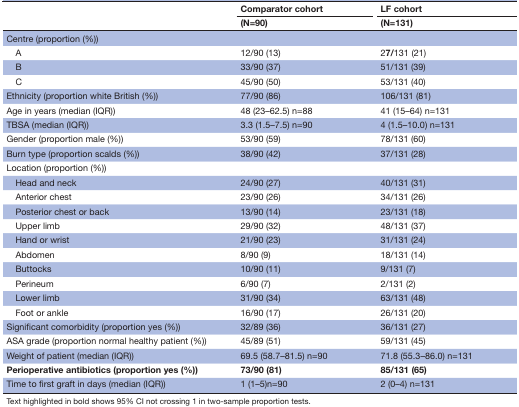
| <ROWSPAN=2>  | Comparator cohort | LF cohort |
 | (N=90) | (N=131) |
 | --- | --- | --- |
 | <COLSPAN=3> Centre (proportion (%)) |
 | A | 12/90 (13) | 27/131 (21) |
 | B | 33/90 (37) | 51/131 (39) |
 | C | 45/90 (50) | 53/131 (40) |
 | Ethnicity (proportion white British (%)) | 77/90 (86) | 106/131 (81) |
 | Age in years (median (IQR)) | 48 (23–62.5) n=88 | 41 (15–64) n=131 |
 | TBSA (median (IQR)) | 3.3 (1.5–7.5) n=90 | 4 (1.5–10.0) n=131 |
 | Gender (proportion male (%)) | 53/90 (59) | 78/131 (60) |
 | Burn type (proportion scalds (%)) | 38/90 (42) | 37/131 (28) |
 | <COLSPAN=3> Location (proportion (%)) |
 | Head and neck | 24/90 (27) | 40/131 (31) |
 | Anterior chest | 23/90 (26) | 34/131 (26) |
 | Posterior chest or back | 13/90 (14) | 23/131 (18) |
 | Upper limb | 29/90 (32) | 48/131 (37) |
 | Hand or wrist | 21/90 (23) | 31/131 (24) |
 | Abdomen | 8/90 (9) | 18/131 (14) |
 | Buttocks | 10/90 (11) | 9/131 (7) |
 | Perineum | 6/90 (7) | 2/131 (2) |
 | Lower limb | 31/90 (34) | 63/131 (48) |
 | Foot or ankle | 16/90 (17) | 26/131 (20) |
 | Significant comorbidity (proportion yes (%)) | 32/89 (36) | 36/131 (27) |
 | ASA grade (proportion normal healthy patient (%)) | 45/89 (51) | 59/131 (45) |
 | Weight of patient (median (IQR)) | 69.5 (58.7–81.5) n=90 | 71.8 (55.3–86.0) n=131 |
 | Perioperative antibiotics (proportion yes (%)) | 73/90 (81) | 85/131 (65) |
 | Time to first graft in days (median (IQR)) | 1 (1–5)n=90 | 2 (0–4) n=131 |